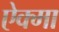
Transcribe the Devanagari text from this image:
ऐक्मा